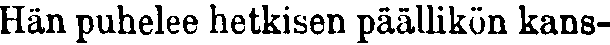
Hän puhelee hetkisen päällikön kans-